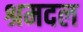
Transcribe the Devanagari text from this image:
श्रमदल